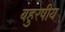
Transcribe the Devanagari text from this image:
बहुरेषीय